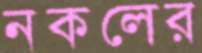
নকলের